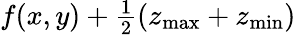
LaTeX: f(x,y)+\textstyle\frac{1}{2}(z_{\operatorname*{max}}+z_{\operatorname*{min}})